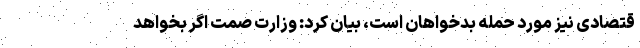
قتصادی نیز مورد حمله بدخواهان است، بیان کرد: وزارت صمت اگر بخواهد